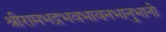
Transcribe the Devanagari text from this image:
श्रीरामभद्रभवभावनभानुभानो